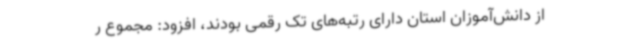
از دانش‌آموزان استان دارای رتبه‌های تک رقمی بودند، افزود: مجموع ر